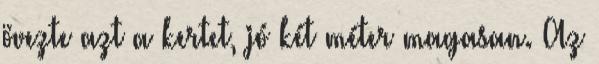
övezte azt a kertet, jó két méter magasan. Az